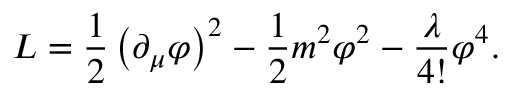
L = \frac { 1 } { 2 } \left( \partial _ { \mu } \varphi \right) ^ { 2 } - \frac { 1 } { 2 } m ^ { 2 } \varphi ^ { 2 } - \frac { \lambda } { 4 ! } \varphi ^ { 4 } .